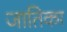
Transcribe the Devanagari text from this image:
जातिका